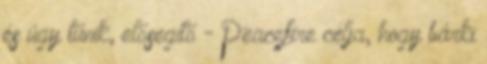
és úgy tűnik, elősegítő - Peacefire célja, hogy bárki